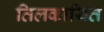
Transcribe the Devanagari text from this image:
तिलकायित